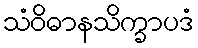
သံဝိဓာနသိက္ခာပဒံ